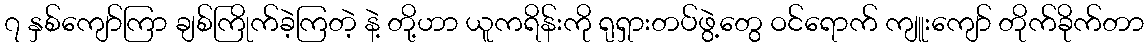
၇ နှစ်ကျော်ကြာ ချစ်ကြိုက်ခဲ့ကြတဲ့ နဲ့ တို့ဟာ ယူကရိန်းကို ရုရှားတပ်ဖွဲ့တွေ ဝင်ရောက် ကျူးကျော် တိုက်ခိုက်တာ